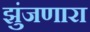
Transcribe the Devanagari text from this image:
झुंजणारा